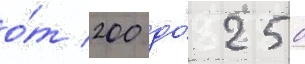
о́т 200 до́ 250